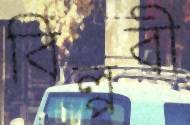
বিল্পবী